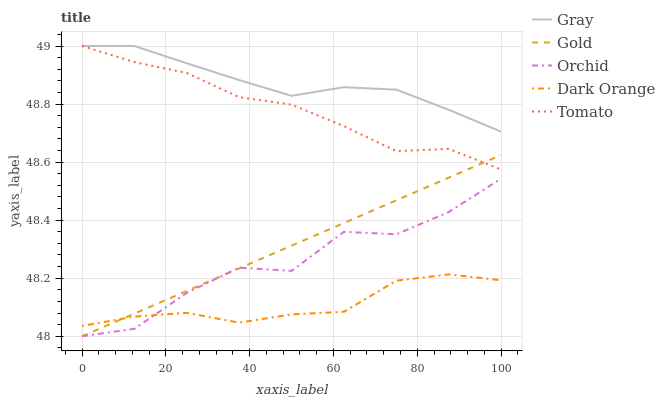
| xaxis_label | Gray | Gold | Orchid | Dark Orange | Tomato |
 | --- | --- | --- | --- | --- | --- |
 | 0 | 49 | 48 | 48 | 48 | 49 |
 | 12.5 | 49 | 48.1 | 48 | 48.1 | 48.9 |
 | 25 | 48.9 | 48.2 | 48.1 | 48.1 | 48.9 |
 | 37.5 | 48.9 | 48.2 | 48.2 | 48 | 48.8 |
 | 50 | 48.8 | 48.3 | 48.2 | 48.1 | 48.8 |
 | 62.5 | 48.9 | 48.4 | 48.4 | 48.1 | 48.7 |
 | 75 | 48.8 | 48.5 | 48.4 | 48.2 | 48.6 |
 | 87.5 | 48.8 | 48.5 | 48.4 | 48.2 | 48.6 |
 | 100 | 48.7 | 48.6 | 48.5 | 48.2 | 48.6 |